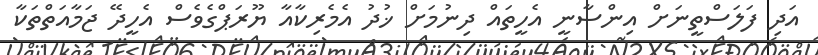
އަދި ފަލަސްތީނަށް އިންސާނީ އެހީތައް ދިނުމަށް ޚުދު އެމެރިކާއާ ޔޫރަޕްގެވެސް އެހީދޭ ޖަމާއަތްތަކާ